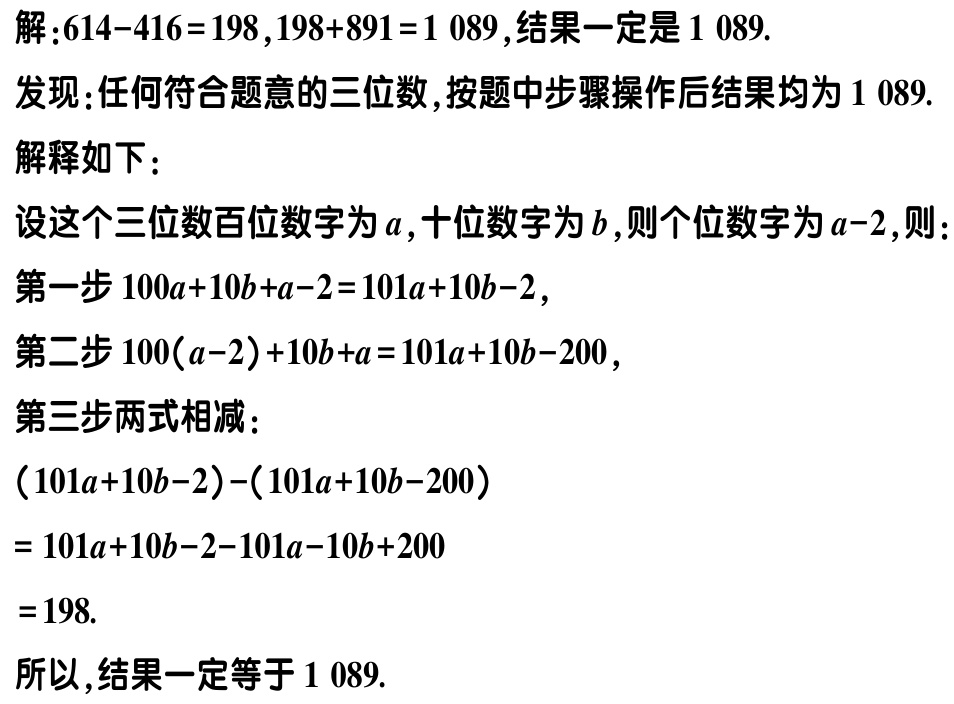
解：\(614 - 416 = 198\)，\(198 + 891 = 1089\)，结果一定是\(1089\).

发现：任何符合题意的三位数，按题中步骤操作后结果均为\(1089\).

解释如下：

设这个三位数百位数字为\(a\)，十位数字为\(b\)，则个位数字为\(a - 2\)，则：

第一步\(100a + 10b + a - 2 = 101a + 10b - 2\)，

第二步\(100(a - 2)+10b + a = 101a + 10b - 200\)，

第三步两式相减：

\((101a + 10b - 2)-(101a + 10b - 200)\)

\(= 101a + 10b - 2 - 101a - 10b + 200\)

\(= 198\).

所以，结果一定等于\(1089\).